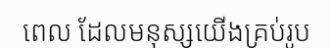
ពេល ដែលមនុស្សយើងគ្រប់រូប